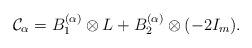
LaTeX: \begin{align*}{\mathcal{C}}_{\alpha} = B_1^{(\alpha)} \otimes L + B_2^{(\alpha)} \otimes (-2I_{m}).\end{align*}